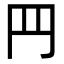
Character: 䍏